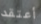
أعتقد